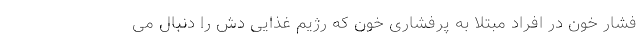
فشار خون در افراد مبتلا به پرفشاری خون که رژیم غذایی دش را دنبال می